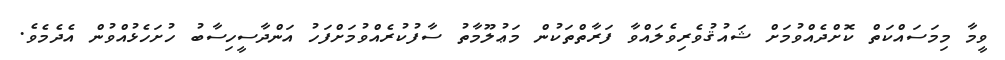
ވީމާ މިމަސައްކަތް ކޮށްދެއްވުމަށް ޝައުޤުވެރިވެލައްވާ ފަރާތްތަކުން މަޢުލޫމާތު ސާފުކުރެއްވުމަށްފަހު އަންދާސީހިސާބު ހުށަހެޅުއްވުން އެދެމެވެ.